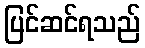
ပြင်ဆင်ရသည်